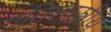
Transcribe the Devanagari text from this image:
गतिशास्त्रीय